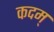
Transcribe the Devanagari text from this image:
कदम्